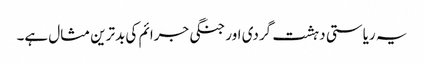
یہ ریاستی دہشت گردی اور جنگی جرائم کی بدترین مثال ہے۔